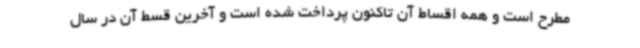
مطرح است و همه اقساط آن تاکنون پرداخت ‌شده است و آخرین قسط آن در سال